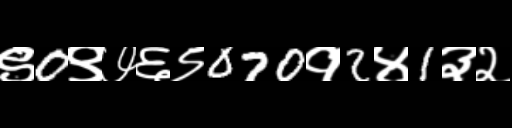
Text: ९0९७६९070१2४1३२